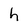
Character: h